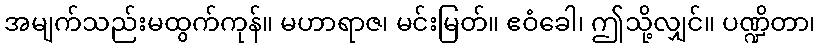
အမျက်သည်းမထွက်ကုန်။ မဟာရာဇ၊ မင်းမြတ်။ ဧဝံခေါ၊ ဤသို့လျှင်။ ပဏ္ဍိတာ၊